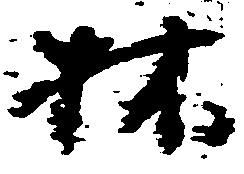
林